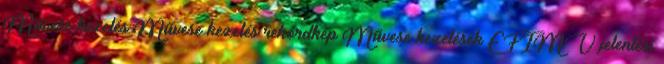
Művese kezelés Művese kezelés rekordkép Művese kezelések EFIMV jelentési